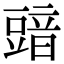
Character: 䜾